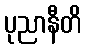
ပုညာနီတိ